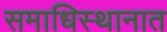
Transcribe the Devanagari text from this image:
समाधिस्थानात